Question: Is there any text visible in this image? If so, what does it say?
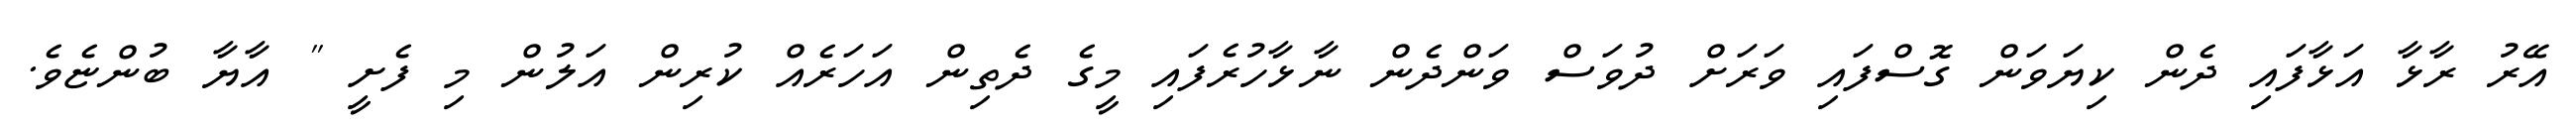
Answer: އޭރު ރާޅާ އަޅާފައި ދެން ކިޔަވަން ގޮސްފައި ވަރަށް ދުވަސް ވަންދެން ނާޅާހުރެފައި މީގެ ދެތިން އަހަރެއް ކުރިން އަލުން މި ފެށީ " އާޔާ ބުންޏެވެ.